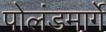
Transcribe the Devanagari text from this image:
पोलंडमार्गे